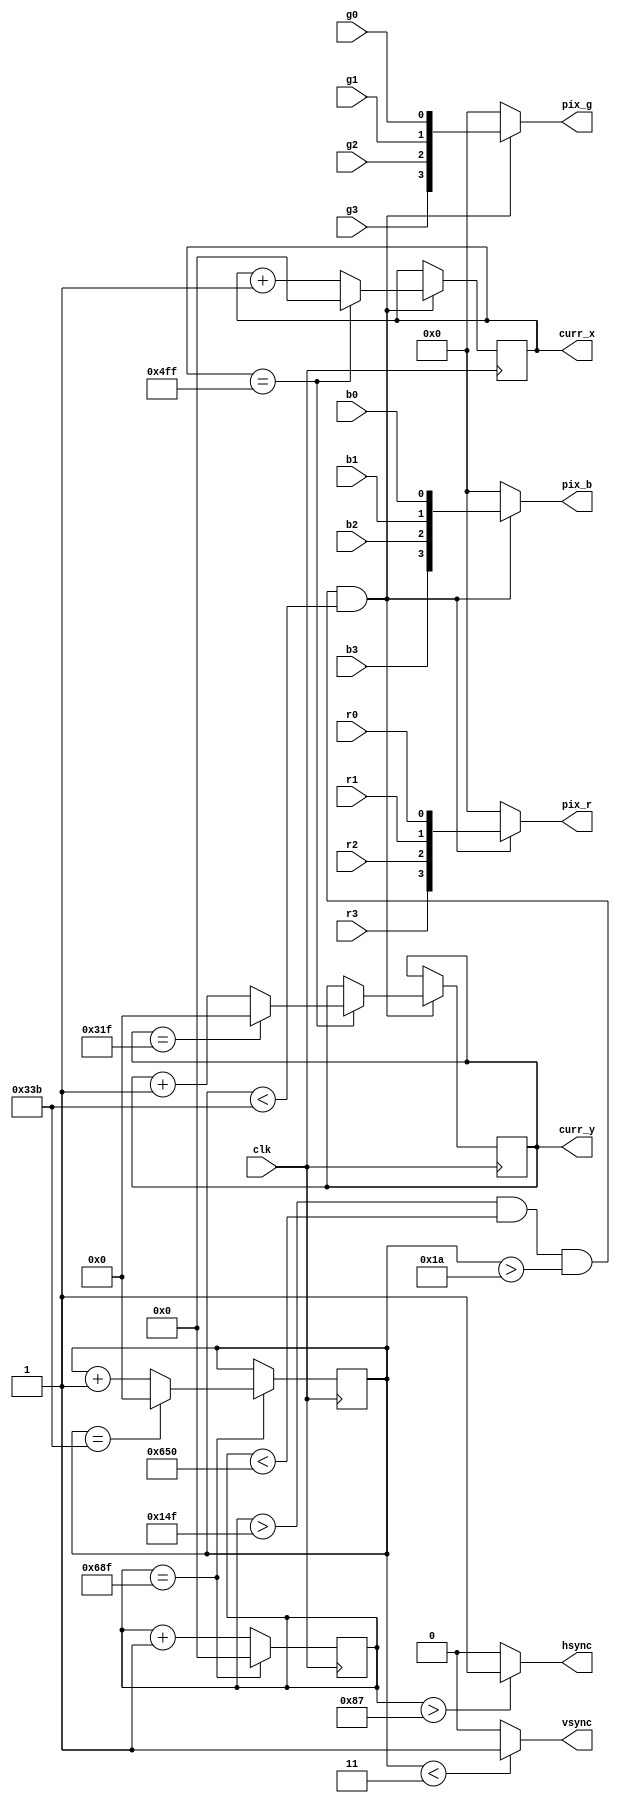
`timescale 1ns / 1ps
//////////////////////////////////////////////////////////////////////////////////
// Company: 
// Engineer: 
// 
// Design Name: 
// Module Name: vga_out_new
// Project Name: 
// Target Devices: 
// Tool Versions: 
// Description: 
// 
// Dependencies: 
// 
// Revision:
// Revision 0.01 - File Created
// Additional Comments:
// 
//////////////////////////////////////////////////////////////////////////////////


module vga_out_new(
    input clk,
    input r0, r1, r2, r3, g0, g1, g2, g3, b0, b1, b2, b3,
    output [3:0] pix_r, pix_g, pix_b,
    output hsync, vsync, output reg [10:0] curr_x, output reg [9:0] curr_y
    );

reg [10:0] hcount; reg [9:0] vcount;
wire [3:0] red, green, blue;
// wire pixclk;

//clk_wiz_0 instance_name
//   (
//    // Clock out ports
//    .clk_out1(clk),     // output clk_out1
//   // Clock in ports
//    .clk_in1(pixclk));      // input clk_in1

assign red[3] = r3, red[2] = r2, red[1] = r1, red[0] = r0;
assign green[3] = g3, green[2] = g2, green[1] = g1, green[0] = g0;
assign blue[3] = b3, blue[2] = b2, blue[1] = b1, blue[0] = b0;

always@(posedge clk)
begin
//    if(rst) begin
//        hcount <= 0;
//        vcount <= 0;
//        curr_x <= 0;
//        curr_y <= 0; end
        hcount <= hcount + 1;
        if(hcount == 11'b11010001111) begin // 11010001111 = 1679
            if(vcount == 10'b1100111011) begin // 1100111011 = 827
                vcount <= 0;
                hcount <= 0; end
            else begin
                vcount <= vcount + 1;
                hcount <= 0; end end
    if(hcount > 11'd335 && hcount < 11'd1616 && vcount > 10'd26 && vcount < 10'd827) begin
        curr_x <= curr_x + 1;
        if(curr_x == 11'd1279) begin
            if(curr_y == 10'd799) begin
                curr_x <= 0;
                curr_y <= 0; end
            else begin
                curr_x <= 0;
                curr_y <= curr_y + 1; end end end
end

//always@*
//begin
//    h_count = hcount;
//    v_count = vcount;
//end

// hsync = 0  when hcount is between 0 - 135
// vsync = 1 when vcount is between 0 - 2
assign hsync = hcount > 11'd135 ? 1'b1: 1'b0;
assign vsync = vcount < 10'd3 ? 1'b1: 1'b0;

// assign pixels with assign statements to depend on inputs
assign pix_r = (hcount < 11'd1616 && hcount > 11'd335 && vcount > 10'd26 && vcount < 10'd827) ? red: 4'b0000;
assign pix_g = (hcount < 11'd1616 && hcount > 11'd335 && vcount > 10'd26 && vcount < 10'd827) ? green: 4'b0000;
assign pix_b = (hcount < 11'd1616 && hcount > 11'd335 && vcount > 10'd26 && vcount < 10'd827) ? blue: 4'b0000;

endmodule